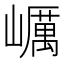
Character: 巁